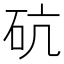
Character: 砊